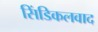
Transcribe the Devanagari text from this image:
सिंडिकलवाद